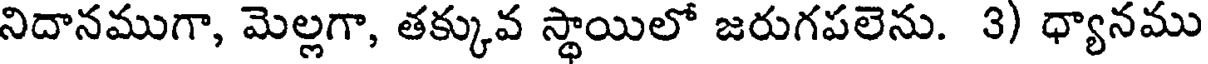
నిదానముగా, మెల్లగా, తక్కువ స్థాయిలో జరుగపలెను. 3) ధ్యానము